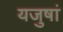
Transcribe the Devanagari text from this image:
यजुषां